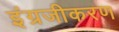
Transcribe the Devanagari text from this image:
इंग्रजीकरण